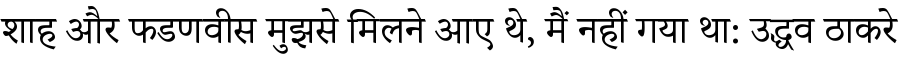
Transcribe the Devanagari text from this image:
शाह और फडणवीस मुझसे मिलने आए थे, मैं नहीं गया था: उद्धव ठाकरे